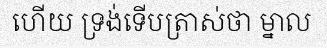
ហើយ ទ្រង់ទើបត្រាស់ថា ម្នាល